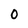
Character: 0